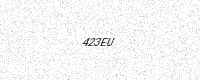
Text: 423EU